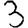
Digit: 3